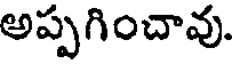
అప్పగించావు.